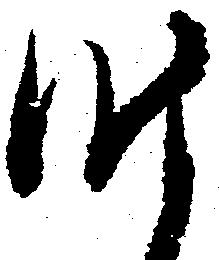
昨